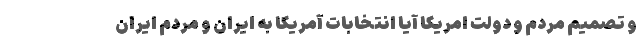
و تصمیم مردم و دولت امریکا آیا انتخابات آمریکا به ایران و مردم ایران